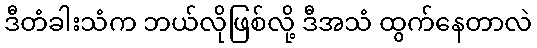
ဒီတံခါးသံက ဘယ်လိုဖြစ်လို့ ဒီအသံ ထွက်နေတာလဲ